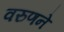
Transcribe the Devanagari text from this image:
वरुणने